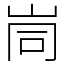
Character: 峝